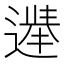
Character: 𫑀